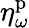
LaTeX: \eta_{\omega}^{\mathrm{p}}